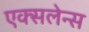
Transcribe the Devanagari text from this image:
एक्सलेन्स